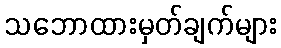
သဘောထားမှတ်ချက်များ